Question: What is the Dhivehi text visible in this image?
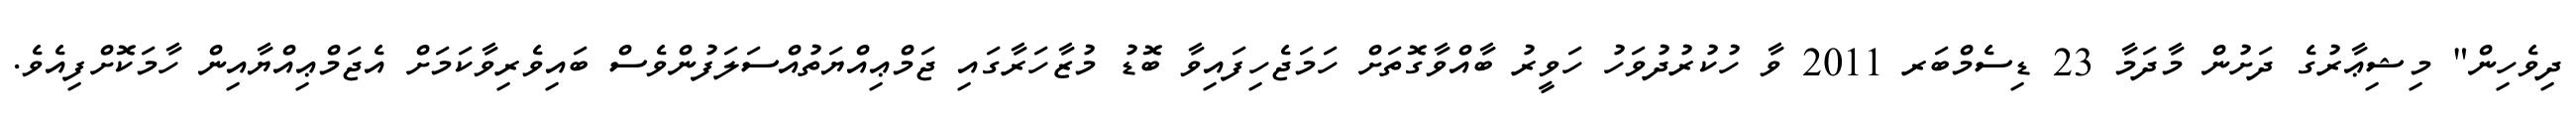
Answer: ދިވެހިން" މިޝިޢާރުގެ ދަށުން މާދަމާ 23 ޑިސެމްބަރ 2011 ވާ ހުކުރުދުވަހު ހަވީރު ބާއްވާގޮތަށް ހަމަޖެހިފައިވާ ބޮޑު މުޒާހަރާގައި ޖަމްޢިއްޔަތުއްސަލަފުންވެސް ބައިވެރިވާކަމަށް އެޖަމްޢިއްޔާއިން ހާމަކޮށްފިއެވެ.